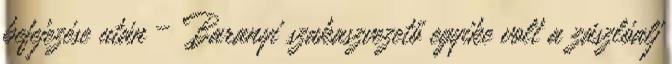
befejezése után – Baranyi szakaszvezető egyike volt a zászlóalj